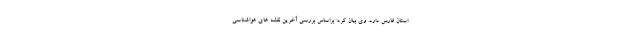
استان فارس دارد. وی بیان کرد: براساس بررسی آخرین نقشه های هواشناسی